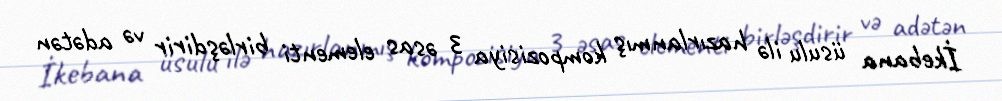
İkebana üsulu ilə hazırlanmış kompozisiya 3 əsas elementi birləşdirir və adətən